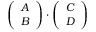
\left( \begin{array} { l } { A } \\ { B } \end{array} \right) \cdot \left( \begin{array} { l } { C } \\ { D } \end{array} \right)